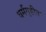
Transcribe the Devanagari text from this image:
धर्मगृहीत